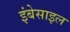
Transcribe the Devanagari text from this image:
इंबेसाइल